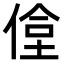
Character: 𬾶